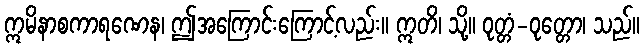
ဣမိနာစကာရဏေန၊ ဤအကြောင်းကြောင့်လည်း။ ဣတိ၊ သို့။ ဝုတ္တံ-ဝုတ္တော၊ သည်။